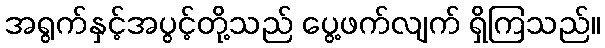
အရွက်နှင့်အပွင့်တို့သည် ပွေ့ဖက်လျက် ရှိကြသည်။